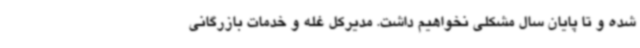
شده و تا پایان سال مشکلی نخواهیم داشت. مدیرکل غله و خدمات بازرگانی